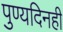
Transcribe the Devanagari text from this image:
पुण्यदिनही